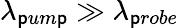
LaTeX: \lambda_{\mathsf{p}um\mathsf{p}}\gg\lambda_{\mathsf{p}robe}